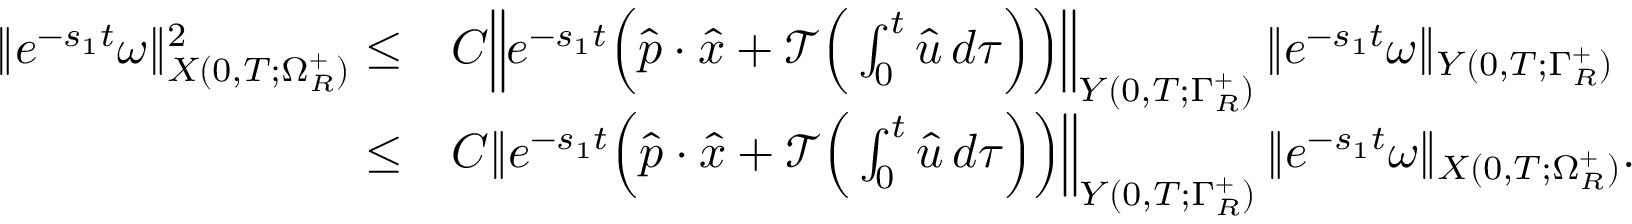
\begin{array} { r l } { \| e ^ { - s _ { 1 } t } \omega \| _ { { X ( 0 , T ; \Omega _ { R } ^ { + } ) } } ^ { 2 } \leq } & { C \Big \| e ^ { - s _ { 1 } t } \Big ( \hat { p } \cdot \hat { x } + \mathscr { T } \Big ( \int _ { 0 } ^ { t } \hat { u } \, d \tau \Big ) \Big ) \Big \| _ { Y ( 0 , T ; \Gamma _ { R } ^ { + } ) } \, \| e ^ { - s _ { 1 } t } \omega \| _ { Y ( 0 , T ; \Gamma _ { R } ^ { + } ) } } \\ { \leq } & { C \| e ^ { - s _ { 1 } t } \Big ( \hat { p } \cdot \hat { x } + \mathscr { T } \Big ( \int _ { 0 } ^ { t } \hat { u } \, d \tau \Big ) \Big ) \Big \| _ { Y ( 0 , T ; \Gamma _ { R } ^ { + } ) } \, \| e ^ { - s _ { 1 } t } \omega \| _ { X ( 0 , T ; \Omega _ { R } ^ { + } ) } . } \end{array}